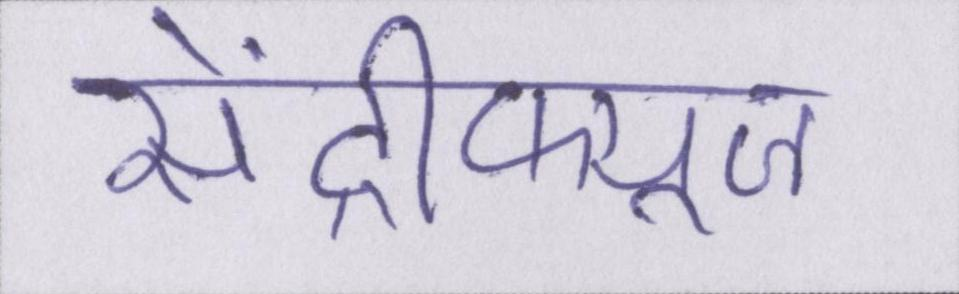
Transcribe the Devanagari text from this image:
सेंट्रीफ्यूज